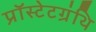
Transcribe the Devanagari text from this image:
प्रॉस्टेटग्रंथि